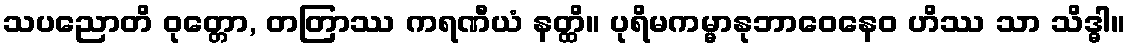
သပညောတိ ဝုတ္တော, တတြာဿ ကရဏီယံ နတ္ထိ။ ပုရိမကမ္မာနုဘာဝေနေဝ ဟိဿ သာ သိဒ္ဓါ။